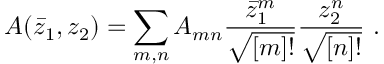
A ( \bar { z } _ { 1 } , z _ { 2 } ) = \sum _ { m , n } A _ { m n } \frac { \bar { z } _ { 1 } ^ { m } } { \sqrt { [ m ] ! } } \frac { z _ { 2 } ^ { n } } { \sqrt { [ n ] ! } } \ .